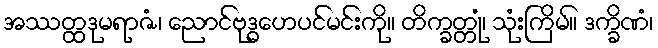
အဿတ္ထဒုမရာဇံ၊ ညောင်ဗုဒ္ဓဟေပင်မင်းကို။ တိက္ခတ္တုံ၊ သုံးကြိမ်။ ဒက္ခိဏံ၊